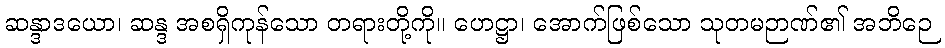
ဆန္ဒာဒယော၊ ဆန္ဒ အစရှိကုန်သော တရားတို့ကို။ ဟေဋ္ဌာ၊ အောက်ဖြစ်သော သုတမဉာဏ်၏ အဘိဉေ